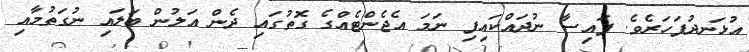
އުޅަނދުފަހަރެވެ. ފައިސާ ނުދައްކައިފި ނަމަ އެޖެންޓެއްގެ ގޮތުގައި ދެން އަލުން ބަލައި ނުގަތުމާއި